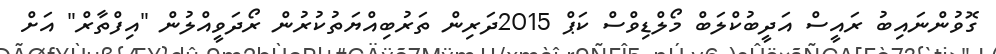
ގޮވުންނައިބު ރައީސް އަދީބުކްލަބް މޯލްޑިވްސް ކަޕް 2015ދަރިން ތަރުބިއްޔަތުކުރުން ރޯދަވީއްލުން "އިފްތާރް" އަށް